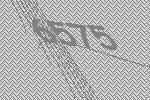
6575